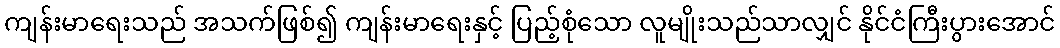
ကျန်းမာရေးသည် အသက်ဖြစ်၍ ကျန်းမာရေးနှင့် ပြည့်စုံသော လူမျိုးသည်သာလျှင် နိုင်ငံကြီးပွားအောင်